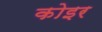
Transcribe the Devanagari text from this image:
कोइर